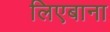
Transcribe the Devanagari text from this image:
लिएबाना